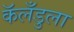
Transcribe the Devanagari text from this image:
कॅलँडुला